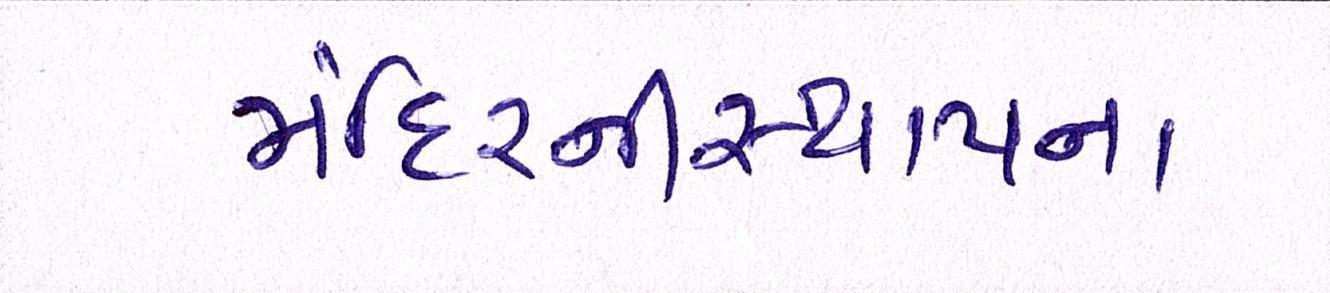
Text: મંદિરનીસ્થાપના